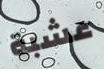
عشبة